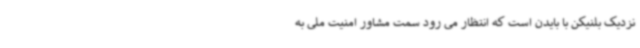
نزدیک بلنیکن با بایدن است که انتظار می رود سمت مشاور امنیت ملی به